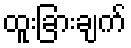
ထူးခြားချက်